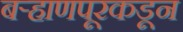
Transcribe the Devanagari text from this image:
बऱ्हाणपूरकडून